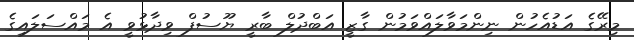
މިރޭގެ އަޑުއެހުން ނިންމަވާލައްވަމުން ގާޒީ އަބްދުލް ބާރީ ޔޫސުފް ވިދާޅުވީ އެ މައްސަލައިގެ